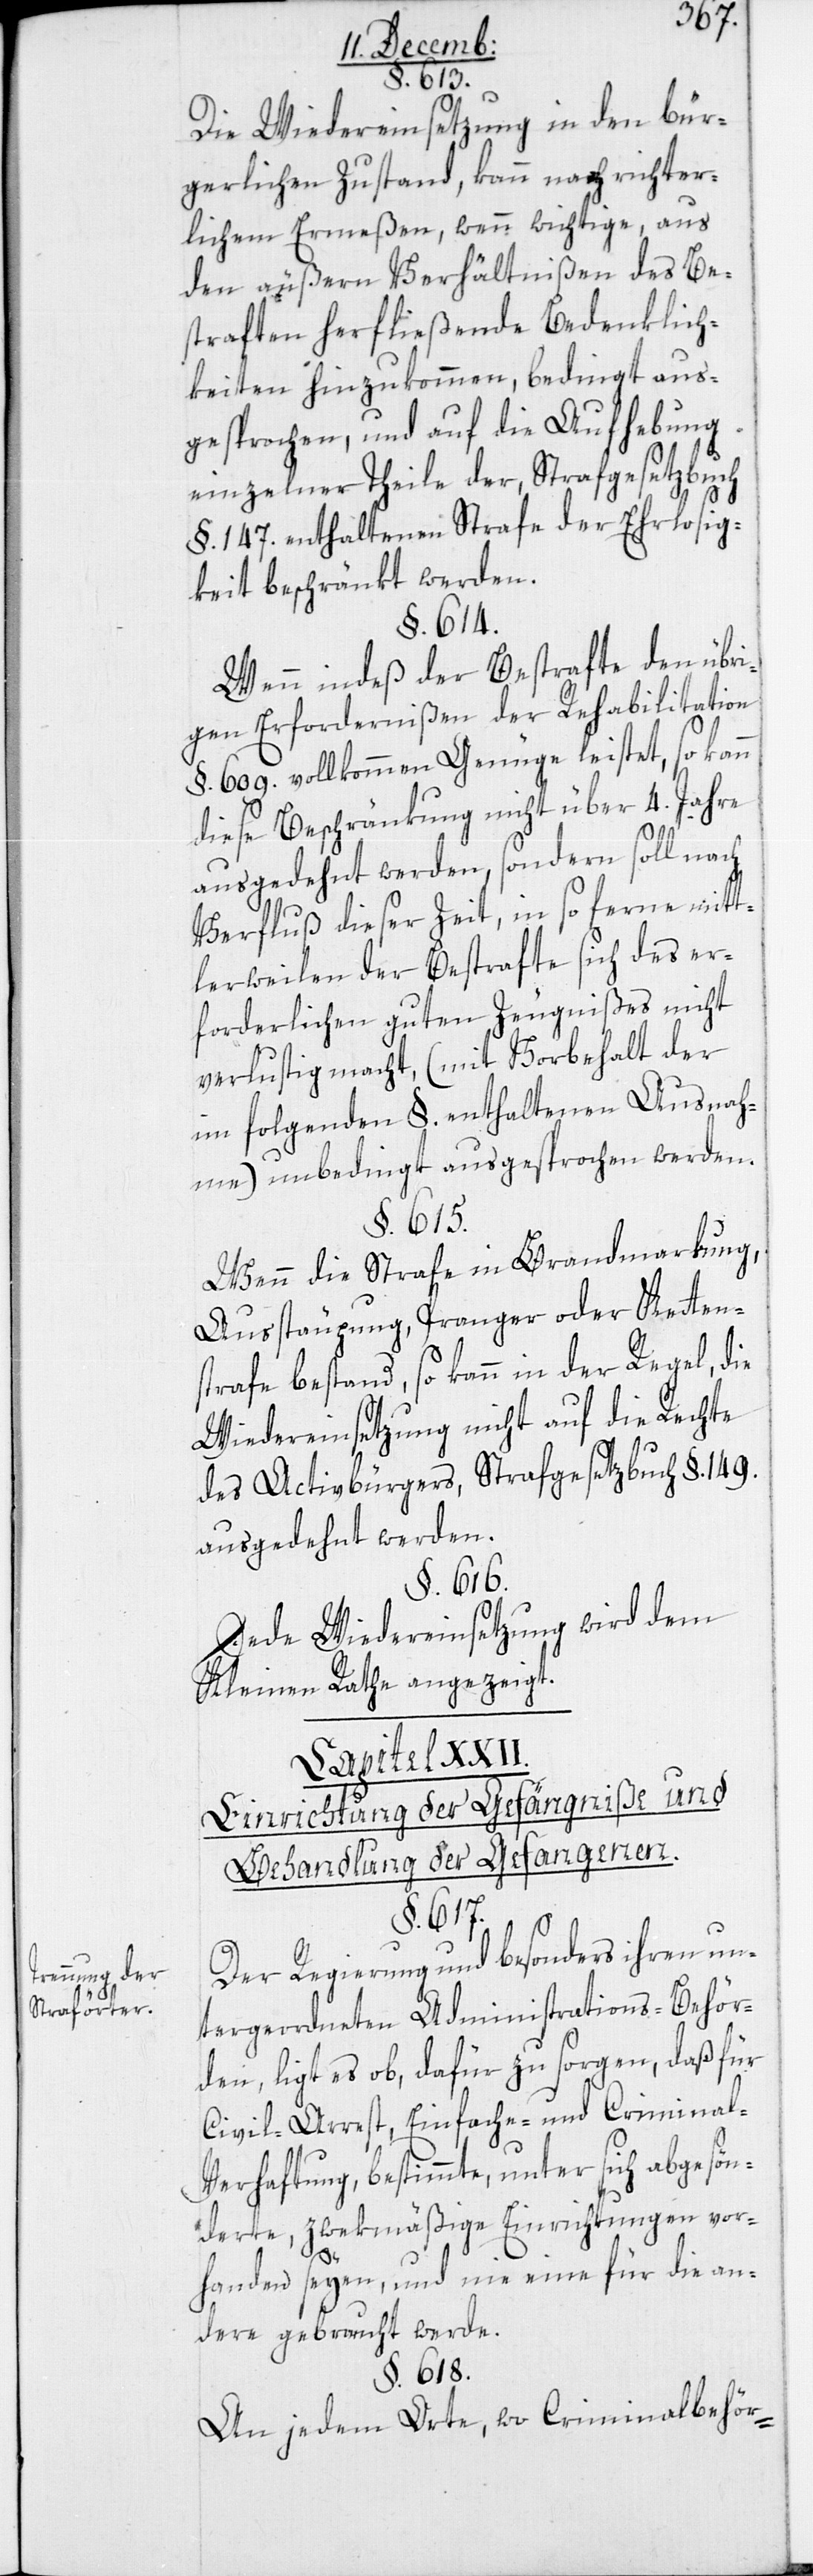
rennung der
Straförter.

§. 613.
Die Wiedereinsetzung in den bür¬
gerlichen Zustand, kann nach richter¬
lichem Ermeßen, wenn wichtige, aus
den äußern Verhältnißen des Be¬
straften herfließende Bedenklich¬
keiten hinzukommen, bedingt aus¬
gesprochen, und auf die Aufhebung
einzelner Theile der, Strafgesetzbuch
§. 147. enthaltenen Strafe der Ehrlosig¬
keit beschränkt werden.
§. 614.
Wenn indeß der Bestrafte den übri¬
gen Erfordernißen der Rehabilitation
§. 609. vollkommen Genüge leistet, so kann
diese Beschränkung nicht über vier Jahre
T¬
ausgedehnt werden, sondern soll nach
Verfluß dieser Zeit, in so ferne mitt¬
lerweilen der Bestrafte sich des er¬
forderlichen guten Zeugnißes nicht
verlustig macht, (mit Vorbehalt der
im folgenden §. enthaltenen Ausnah¬
me) unbedingt ausgesprochen werden.
§. 615.
wenn die Strafe in Brandmarkung,
Ausstäupung, Pranger oder Kettens¬
trafe bestand, so kann in der Regel, die
Wiedereinsetzung nicht auf die Rechte
des Activbürgers, Strafgesetzbuch §. 149.
ausgedehnt werden.
§. 616.
Jede Wiedereinsetzung wird dem
Kleinen Rathe angezeigt.
Einrichtung der Gefängniße und
Behandlung der Gefangenen.
Der Regierung und besonders ihren un¬
tergeordneten Administrations-Behör¬
den liegt es ob, dafür zu sorgen, daß für
Civil-Arrest, Einfache- und Criminal-V¬
erhaftung, bestimmte, unter sich abgesön¬
derte, zwekmäßige Einrichtungen vor¬
handen seyen, und nie eine für die an¬
dere gebraucht werde.
§. 618.
An jedem Orte, wo Criminalbehör-